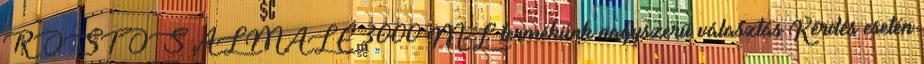
ROSTOS ALMALÉ 3000 ML termékünk nagyszerű választás Kérdés esetén